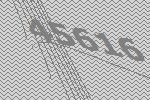
45616